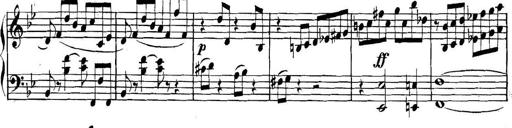
Title: Collected Piano Sonatas
Composer: Muzio Clementi